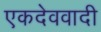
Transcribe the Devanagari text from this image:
एकदेववादी